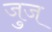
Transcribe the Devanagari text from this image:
जुज